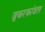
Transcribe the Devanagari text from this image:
ज़ुकरकांडल